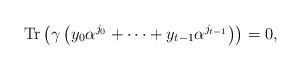
LaTeX: \begin{align*}\mathrm{Tr}\left(\gamma\left(y_{0} \alpha^{j_{0}}+\cdots+y_{t-1} \alpha^{j_{t-1}}\right)\right)=0,\end{align*}